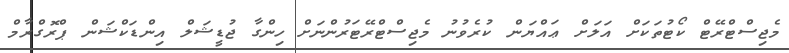
މެޖިސްޓްރޭޓް ކޯޓުތަކަށް އަލަށް ޢައްޔަން ކުރެވުނު މެޖިސްޓްރޭޓަރުންނަށް ހިންގާ ޖުޑީޝަލް އިންޑަކްޝަން ޕްރޮގްރާމް